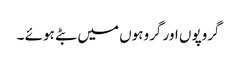
گروپوں اور گروہوں میں بٹے ہوئے ۔